Annual administration report of the Civil Veterinary Department of India - 1896-1897
Year: 1896
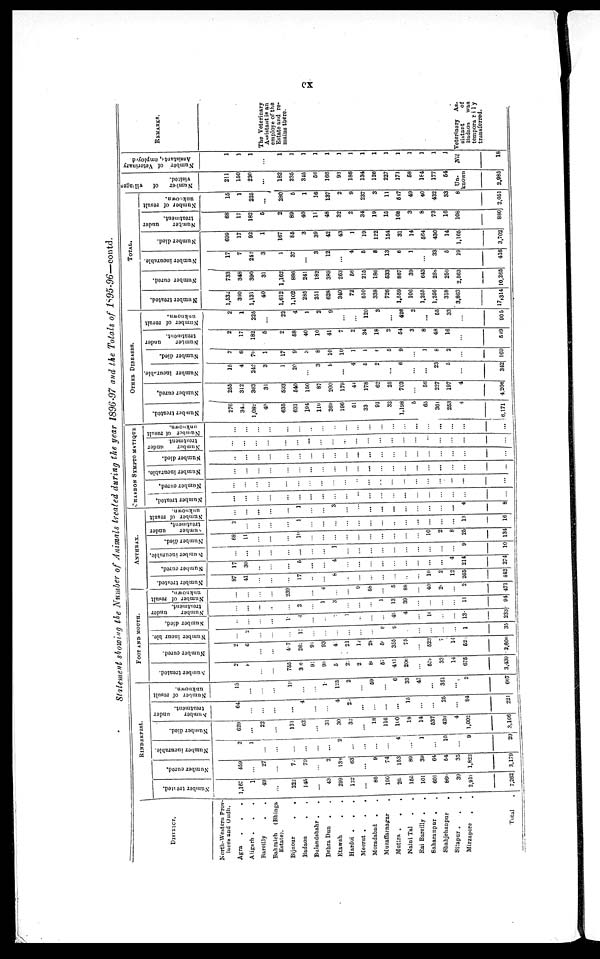
cx
Statement showing the Number of Animals treated during the year 1896-97 and the Totals of 1895-96—contd.
DISTRICT.
North-Western Prov-
inces and Oudh.
Agra . . .
Aligarh . . .
Bareilly
.
.
.
Bahraich
(Bhinga
Estate).
Bijnour
.
.
Badaon
. .
Bulandshahr .
.
Dehra Dun
. .
Etawah . .
Hardoi . . .
Meerat
.
.
.
Moradabad . .
Muzaffanagar .
Muttra .
.
.
Naini Tal . .
Rai Bareilly . .
Saharanpur . .
Shahjehanpur
.
Sitapur . . .
Mirzapore
. .
Total .
RINDERPEST.
Number treated.
1,167
1
49
...
222
145
...
43
299
122
...
86
190
26
155
101
601
860
39
2,918
7,262
Number cured.
459
...
27
...
72
79
...
2
138
63
...
9
74
153
89
39
64
54
35
1,822
3,179
Number incurable.
2
1
...
...
...
...
...
...
2
...
...
...
...
4
...
1
...
10
...
9
29
Number died.
629
...
22
...
131
62
...
31
30
32
...
18
116
100
18
14
537
420
4
1,002
3,166
Number
under
treatment.
64
...
...
...
...
4
...
...
4
23
...
...
...
...
15
...
...
25
...
84
221
Number of result
unknown.
13
...
...
...
19
...
...
1
125
2
...
59
...
6
33
47
...
351
...
2
667
FOOT AND MOUTH.
Number treated.
2
8
...
...
755
34
91
93
5
21
2
80
57
431
206
...
579
33
14
675
3,439
Number cured.
2
6
...
...
427
262
91
93
4
21
14
28
5
355
75
...
523
7
14
52
2,608
Number incurable.
...
2
...
...
17
...
...
...
...
...
...
5
9
...
...
...
...
1
35
Number died.
...
...
...
...
1
4
...
...
...
1
...
...
...
49
4
...
16
...
...
13
233
Number
under
treatment.
...
...
...
...
...
2
...
1
3
...
...
...
1
13
39
...
...
...
...
11
94
Number of result
unknown.
...
...
...
...
239
...
4
...
...
9
58
...
5
88
...
40
26
...
2
471
ANTHRAX.
Number treated.
87
41
...
...
...
17
...
...
8
...
...
...
...
...
..
...
10
2
12
265
442
Number cured.
17
30
..
...
...
5
...
...
4
...
...
...
...
...
...
...
...
...
4
214
274
Number incurable.
...
...
...
...
...
...
...
...
1
...
...
...
...
...
...
...
...
...
...
9
10
Number died.
68
11
...
...
...
10
...
...
...
...
...
...
...
...
...
...
10
2
8
25
134
Number
under
treatment.
2
...
...
...
...
1
...
...
...
...
...
...
...
...
...
...
...
...
...
13
16
Number of result
unknown.
...
...
...
...
...
1
...
...
3
...
...
...
...
...
...
...
...
...
...
4
8
CHARBON SYMPTO MATIQUE
Number treated.
...
...
...
...
...
...
...
...
...
...
...
...
...
...
...
...
...
...
...
...
...
Number cured.
...
...
...
...
...
...
...
...
...
...
...
...
...
...
...
...
...
...
...
...
...
Number incurable.
...
...
...
...
...
...
...
...
...
...
...
...
...
...
...
...
...
...
...
...
...
Number died.
...
...
...
...
...
...
...
...
...
...
...
...
...
...
...
...
...
...
...
...
...
Number
under
treatment.
...
...
...
...
...
...
...
...
...
...
...
...
...
...
...
...
...
...
...
...
...
Number of result
unknown.
...
...
...
...
...
...
...
...
...
...
...
...
...
...
...
...
...
...
...
...
...
OTHER DISEASES.
Number treated.
276
340
1,082
40
635
631
194
110
269
196
51
33
91
32
1,198
5
65
361
253
4
6,171
Number cured.
255
312
363
31
593
540
150
87
200
179
44
178
62
25
703
...
56
227
197
4
4,206
Number incurable.
16
4
242
3
1
20
...
3
9
...
4
5
2
...
6
...
...
23
5
...
342
Number died.
2
6
70
1
17
9
3
8
10
10
1
1
1
5
9
...
1
8
2
...
169
Number
under
treatment.
2
17
182
5
2
58
40
10
41
7
2
34
18
2
54
3
8
48
16
...
549
Number of result
unknown.
2
1
225
...
22
4
1
2
9
...
...
120
3
...
426
2
...
55
33
...
905
TOTAL.
Number treated.
1,532
390
1,131
40
1,612
1,102
285
251
628
340
72
510
338
726
1,559
106
1,265
1,256
318
3,863
17,314
Number cured.
733
348
390
31
1,162
886
241
182
389
263
56
215
186
533
867
39
643
288
250
2,563
10,265
Number incurable.
17
7
242
3
1
37
...
3
12
...
4
5
8
13
6
1
...
33
5
19
416
Number died.
699
17
92
1
167
85
3
39
42
43
1
19
122
154
31
14
564
430
14
1,165
3,702
Number
under
treatment.
68
17
182
5
2
89
40
11
48
32
2
34
19
15
108
3
8
73
16
108
880
Number of result
unknown.
15
1
225
...
280
5
1
16
137
2
9
237
3
11
547
49
40
432
33
8
2,051
Number
of villages
visited.
211
150
230
...
182
235
345
56
166
93
186
134
126
227
171
58
184
177
54
Un-
known
2,985
Number of Veterinary
Assistants,
employed
1
1
1
...
1
1
1
1
1
1
1
1
1
1
1
1
1
1
1
Nil
18
REMARKS.
The Veterinary
Assistant is an
employe of the
Estate and re-
mains there.
Veterinary
As-
sistant
of
Badaon
was
temporarily
transferred.